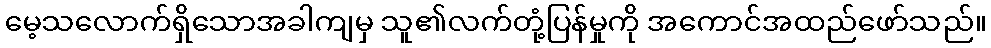
မေ့သလောက်ရှိသောအခါကျမှ သူ၏လက်တုံ့ပြန်မှုကို အကောင်အထည်ဖော်သည်။